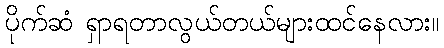
ပိုက်ဆံ ရှာရတာလွယ်တယ်များထင်နေလား။